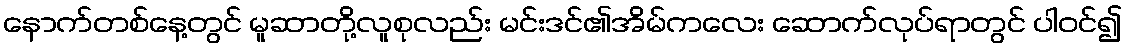
နောက်တစ်နေ့တွင် မူဆာတို့လူစုလည်း မင်းဒင်၏အိမ်ကလေး ဆောက်လုပ်ရာတွင် ပါဝင်၍